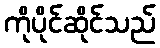
ကိုပိုင်ဆိုင်သည်